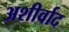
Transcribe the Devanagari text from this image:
अशीर्वाद